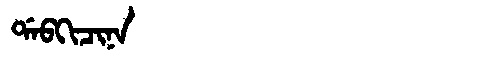
Manchu: ᡩᠠᠪᡴᡳᠴᡳᠨᠠ
Romanization: DABKICINA